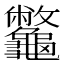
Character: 龞